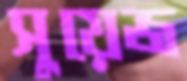
সুয়েজ